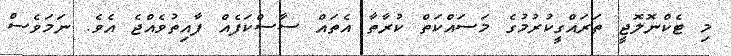
މި ޓެކްނޮލޮޖީ ތަރައްގީކުރުމުގެ މަސައްކަތް ކުރާތާ އެތައް ސާސްކަފެއް ފާއިތުވެއްޖެ އެވެ. ނަމަވެސް